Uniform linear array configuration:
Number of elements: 32
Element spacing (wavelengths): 1
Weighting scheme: hann
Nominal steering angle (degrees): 30
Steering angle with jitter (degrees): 28.346
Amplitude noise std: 0.05
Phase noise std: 0.05

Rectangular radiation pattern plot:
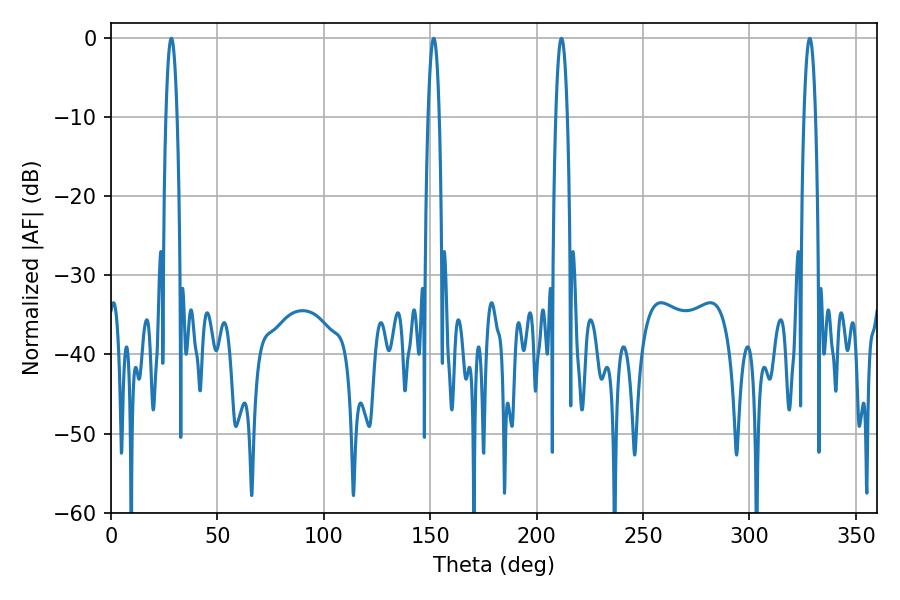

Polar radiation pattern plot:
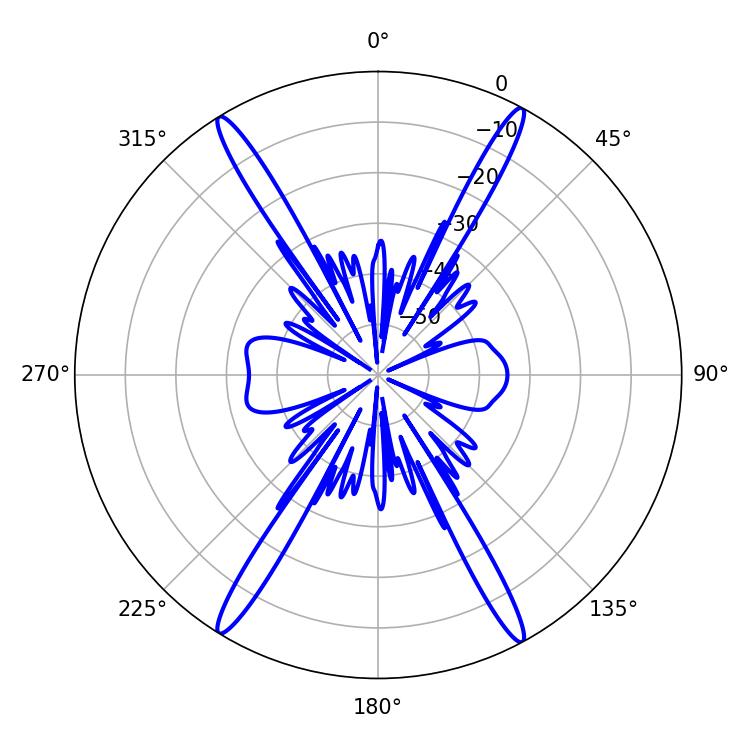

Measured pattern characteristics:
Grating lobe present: TRUE
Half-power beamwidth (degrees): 2.88
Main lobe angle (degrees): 328.32